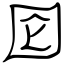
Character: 囵